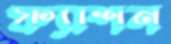
ফ্যাশন